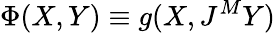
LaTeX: \Phi(X,Y)\equiv g(X,J^{M}Y)